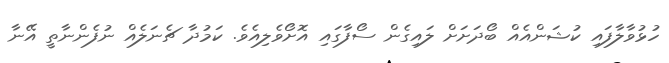
ހުޅުވާލާފައި ކުޝަންއެއް ބޯދަށަށް ލައިގެން ސޯފާގައި އޮށޯވެލިއެވެ. ކަމުދާ ޗެނަލެއް ނުފެންނާތީ އޭނާ